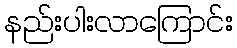
နည်းပါးလာကြောင်း